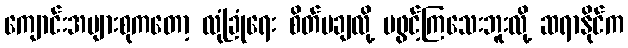
ကျောင်းအများစုကတော့ လုံခြုံရေး စိတ်မချလို့ မဖွင့်ကြသေးဘူးလို့ ဆရာနိုင်က